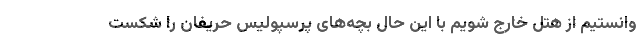
وانستیم از هتل خارج شویم با این حال بچه‌های پرسپولیس حریفان را شکست